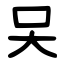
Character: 㕦